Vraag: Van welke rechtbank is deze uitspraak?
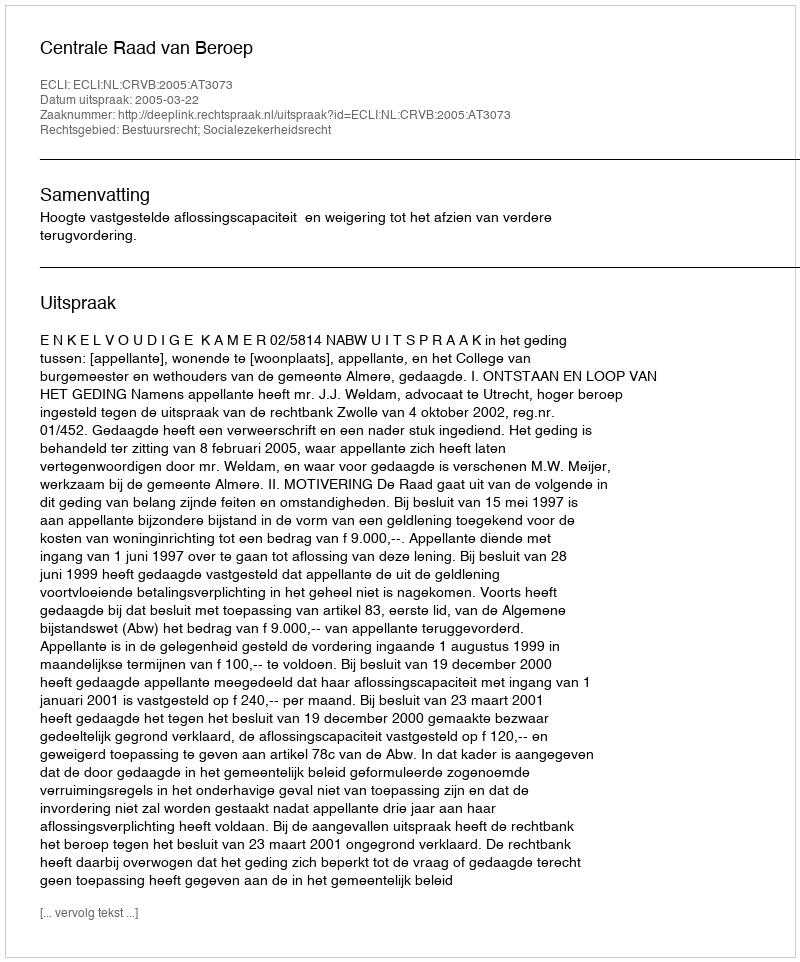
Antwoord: Centrale Raad van Beroep